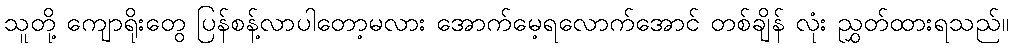
သူတို့ ကျောရိုးတွေ ပြန်စန့်လာပါတော့မလား အောက်မေ့ရလောက်အောင် တစ်ချိန် လုံး ညွှတ်ထားရသည်။